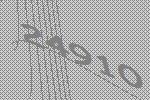
24910